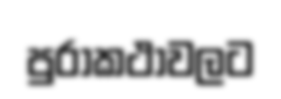
පුරාකථාවලට